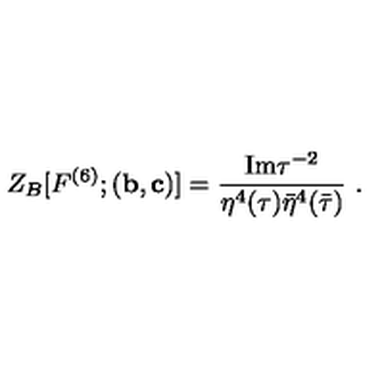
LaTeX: Z _ { B } [ F ^ { ( 6 ) } ; ( { \bf b } , { \bf c } ) ] = \frac { \mathrm { I m } \tau ^ { - 2 } } { \eta ^ { 4 } ( \tau ) \bar { \eta } ^ { 4 } ( \bar { \tau } ) } \ .